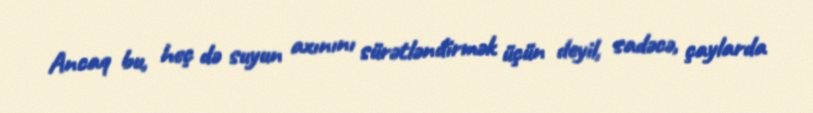
Ancaq bu, heç də suyun axınını sürətləndirmək üçün deyil, sadəcə, çaylarda